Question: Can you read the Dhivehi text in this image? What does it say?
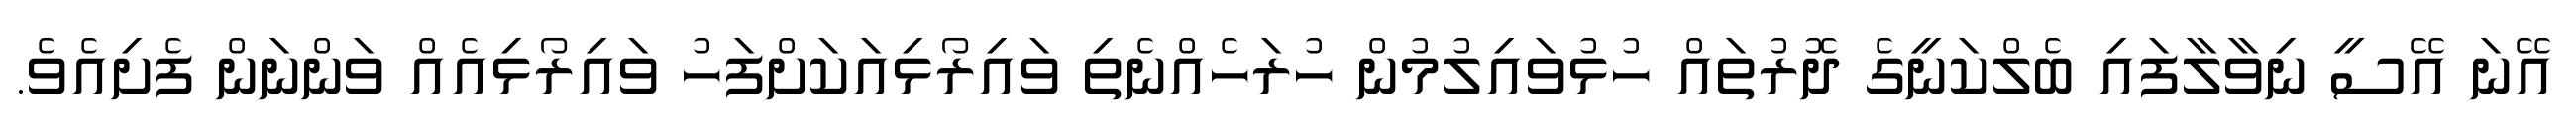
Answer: އޭނަ އޭސީ ނިވާލާފައި ބެލްކަނީގެ ދޮރުތައް ހުޅުވައިލުމުން ހުރަހެއްނެތި ވައިރޯޅިއަކަށްފަހު ވައިރޯޅިއެއް ވަންނަން ފެށިއެވެ.